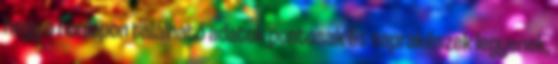
hogy a honlapon található adatok pontosak és naprakészek legyenek,